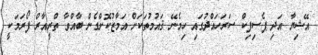
އޭޝިޔާ އަދި ޕެސިފިކް ސަރަހައްދުގައި ހިމެނޭ ޤައުމުތަކަށް އަމާޒުކޮށްގެން ބާއްވާ ތްރީއާރް ފޯރަމަކީ